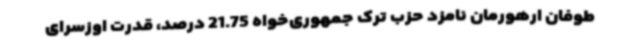
طوفان ارهورمان نامزد حزب ترک جمهوری‌خواه 21.75 درصد، قدرت اوزسرای